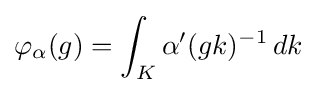
\varphi _{\alpha }(g)=\int _{K}\alpha ^{\prime }(gk)^{-1}\,dk